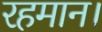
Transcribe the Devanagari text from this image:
रहमान।